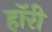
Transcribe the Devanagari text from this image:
हॉरी